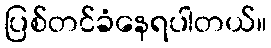
ပြစ်တင်ခံနေရပါတယ်။